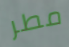
مطر